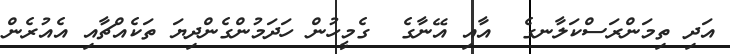
އަދި ތިމަންރަސްކަލާނގެ  އާއި އޭނާގެ  ގެމީހުން ހަދަމުންގެންދިޔަ ތަކެއްޗާއި އެއުރެން